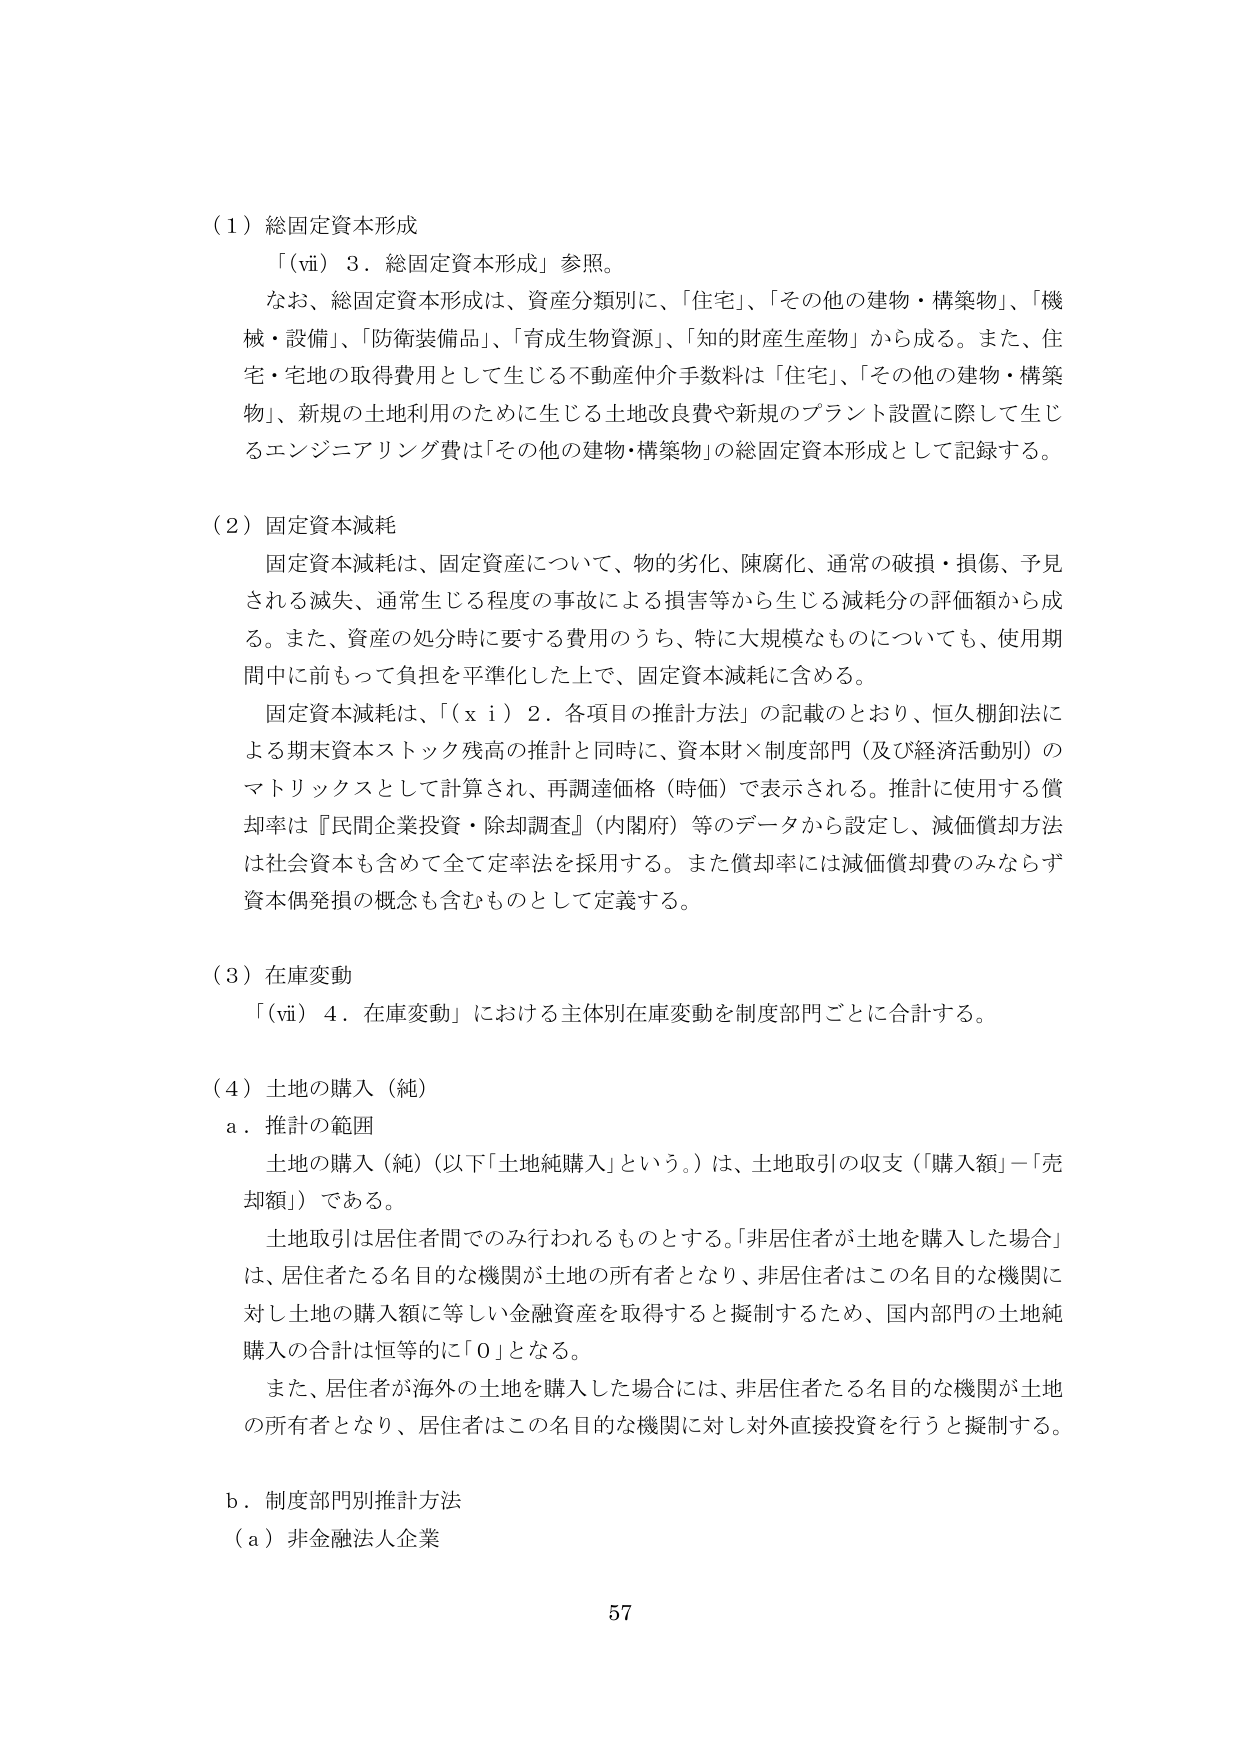
（１）総固定資本形成
「（ⅵ）３．総固定資本形成」参照。
なお、総固定資本形成は、資産分類別に、「住宅」、「その他の建物・構築物」、「機械・設備」、「防衛装備品」、「育成生物資源」、「知的財産生産物」から成る。また、住宅・宅地の取得費用として生じる不動産仲介手数料は「住宅」、「その他の建物・構築物」、新規の土地利用のために生じる土地改良費や新規のプラント設置に際して生じるエンジニアリング費は「その他の建物・構築物」の総固定資本形成として記録する。

（２）固定資本減耗
固定資本減耗は、固定資産について、物的劣化、陳腐化、通常の破損・損傷、予見される滅失、通常生じる程度の事故による損害等から生じる減耗分の評価額から成る。また、資産の処分時に要する費用のうち、特に大規模なものについても、使用期間中に前もって負担を平準化した上で、固定資本減耗に含める。
固定資本減耗は、「（ｘｉ）２．各項目の推計方法」の記載のとおり、恒久棚卸法による期末資本ストック残高の推計と同時に、資本財×制度部門（及び経済活動別）のマトリックスとして計算され、再調達価格（時価）で表示される。推計に使用する償却率は『民間企業投資・除却調査』（内閣府）等のデータから設定し、減価償却方法は社会資本も含めて全て定率法を採用する。また償却率には減価償却費のみならず資本偶発損の概念も含むものとして定義する。

（３）在庫変動
「（ⅵ）４．在庫変動」における主体別在庫変動を制度部門ごとに合計する。

（４）土地の購入（純）
ａ．推計の範囲
土地の購入（純）（以下「土地純購入」という。）は、土地取引の収支（「購入額」－「売却額」）である。
土地取引は居住者間でのみ行われるものとする。「非居住者が土地を購入した場合」は、居住者たる名目的な機関が土地の所有者となり、非居住者はこの名目的な機関に対し土地の購入額に等しい金融資産を取得すると擬制するため、国内部門の土地純購入の合計は恒等的に「０」となる。
また、居住者が海外の土地を購入した場合には、非居住者たる名目的な機関が土地の所有者となり、居住者はこの名目的な機関に対し対外直接投資を行うと擬制する。

ｂ．制度部門別推計方法
（ａ）非金融法人企業

57